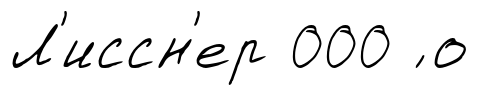
Л'иссн'ер 000 ́ о